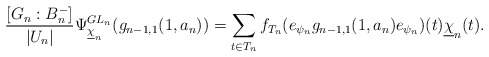
\begin{align*} \frac{[G_n:B_{n}^{-}]}{|U_n|} \Psi_{\underline{\chi}_{n}}^{GL_{n}}(g_{n-1,1}(1,a_n))=\sum_{t\in T_n}f_{T_n}(e_{\psi_n}g_{n-1,1}(1,a_n)e_{\psi_n})(t)\underline{\chi}_n(t).\end{align*}